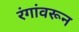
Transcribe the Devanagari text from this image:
रंगांवरून